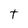
Character: t